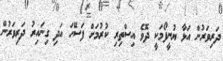
ދަރިވަރުން އަޅާ ޔުނީފޯމަކީ ދޮވެ އިސްތިރި ކުރުމަށް ފަސޭހަ އަދި ގިނައިރު ދަރިވަރުން